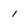
Character: 1